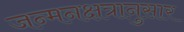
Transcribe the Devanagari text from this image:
जन्मनक्षत्रानुसार